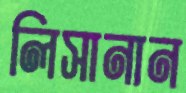
লিসানান